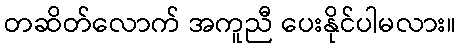
တဆိတ်လောက် အကူညီ ပေးနိုင်ပါမလား။